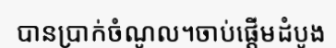
បានប្រាក់ចំណូល។ចាប់ផ្តើមដំបូង